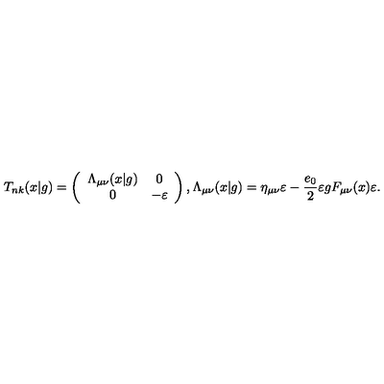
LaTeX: T _ { n k } ( x | g ) = \left( \begin{array} { c c } { \Lambda _ { \mu \nu } ( x | g ) } & { 0 } \\ { 0 } & { - \varepsilon } \\ \end{array} \right) , \Lambda _ { \mu \nu } ( x | g ) = \eta _ { \mu \nu } \varepsilon - \frac { e _ { 0 } } { 2 } \varepsilon g F _ { \mu \nu } ( x ) \varepsilon .